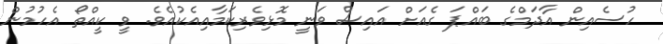
ހުސެއިން އާދަމްގެ ބައްޕަ ގެއަށް އައިސް ވަނީ މޮޅިވެރިކަމާއިއެކުއެވެ. ވީ ކީއްތޯ އެހުމުން